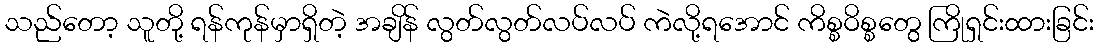
သည်တော့ သူတို့ ရန်ကုန်မှာရှိတဲ့ အချိန် လွတ်လွတ်လပ်လပ် ကဲလို့ရအောင် ကိစ္စဝိစ္စတွေ ကြိုရှင်းထားခြင်း